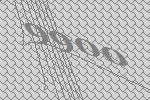
9900